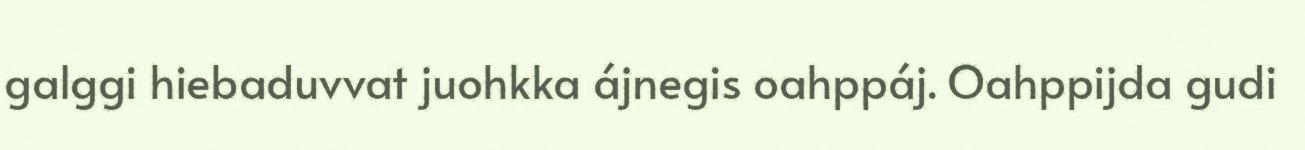
galggi hiebaduvvat juohkka ájnegis oahppáj. Oahppijda gudi